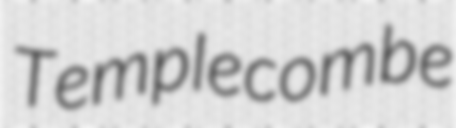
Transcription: Templecombe